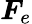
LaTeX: \boldsymbol{F}_{e}